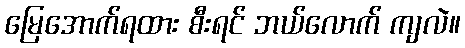
မြေအောက်ရထား စီးရင် ဘယ်လောက် ကျလဲ။